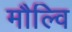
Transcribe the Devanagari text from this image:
मौल्वि